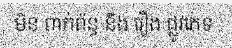
មិន ពាក់ព័ន្ធ នឹង រឿង ផ្លូវភេទ